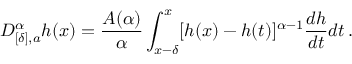
D _ { [ \delta ] , a } ^ { \alpha } h ( x ) = \frac { A ( \alpha ) } { \alpha } \int _ { x - \delta } ^ { x } [ h ( x ) - h ( t ) ] ^ { \alpha - 1 } \frac { d h } { d t } d t \, .